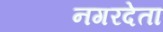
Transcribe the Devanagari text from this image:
नगरदेता